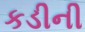
કડીની